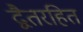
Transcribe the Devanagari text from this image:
द्वैतरहित